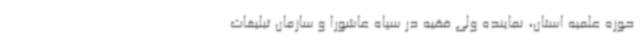
حوزه علمیه استان، نماینده ولی فقیه در سپاه عاشورا و سازمان تبلیغات